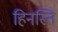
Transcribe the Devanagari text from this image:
हिनस्ति